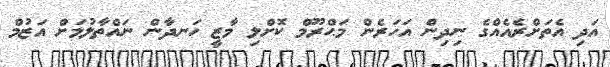
އަދި އެތަށްރެއެއްގެ ނިދިން އަހަރެން މަޙްރޫމް ކޮށްލި މާޒީ ހަނދާން ނައްތާލުމަށް އަޒުމް